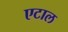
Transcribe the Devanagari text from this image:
एटाल